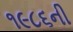
૧૯૮૬ની